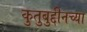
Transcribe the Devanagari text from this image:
कुतुबुद्दीनच्या